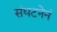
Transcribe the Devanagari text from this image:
संघटनेनं